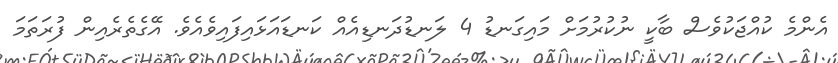
އެންމެ ކުއްޖަކުވެސް ބާކީ ނުކުރުމަށް މައިގަނޑު 4 ލަނޑުދަނޑިއެއް ކަނޑައަޅައިފައިވެއެވެ. އޭގެތެރެއިން ފުރަތަމަ